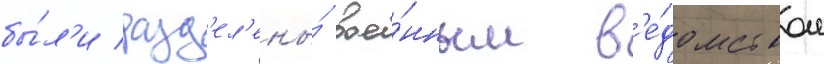
бы́л'и разд'ел'ены́ вое́нным в'е́домством